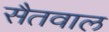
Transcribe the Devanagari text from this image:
सैतवाल